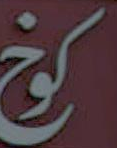
كوخ